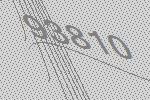
93810